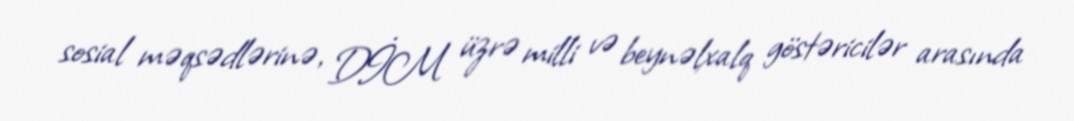
sosial məqsədlərinə, DİM üzrə milli və beynəlxalq göstəricilər arasında